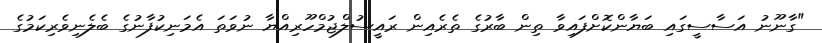
"ގާނޫނު އަސާސީގައި ބަޔާންކޮށްފައިވާ ތިން ބާރުގެ ތެރެއިން ރައީސުލްޖުމްހޫރިއްޔާ ނުވަތަ އެމަނިކުފާނުގެ ބެލެނިވެރިކަމުގެ